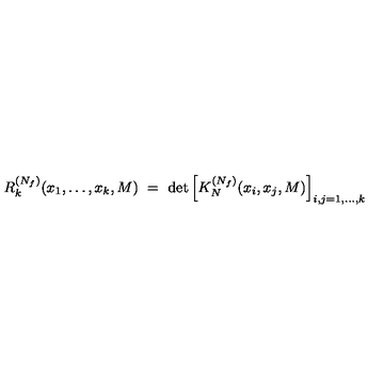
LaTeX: R _ { k } ^ { ( N _ { f } ) } ( x _ { 1 } , \ldots , x _ { k } , M ) \ = \ \det \left[ K _ { N } ^ { ( N _ { f } ) } ( x _ { i } , x _ { j } , M ) \right] _ { i , j = 1 , \ldots , k }